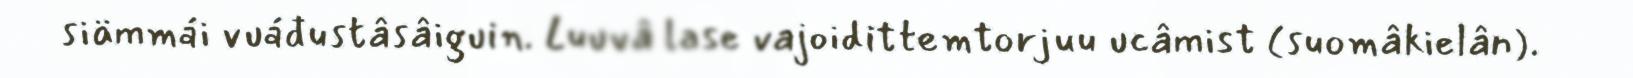
siämmái vuáđustâsâiguin. Luuvâ lase vajoidittemtorjuu ucâmist (suomâkielân).